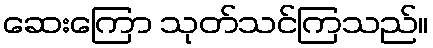
ဆေးကြော သုတ်သင်ကြသည်။